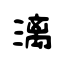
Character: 漓